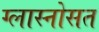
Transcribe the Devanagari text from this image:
ग्लास्नोसत